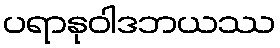
ပရာနုဝါဒဘယဿ